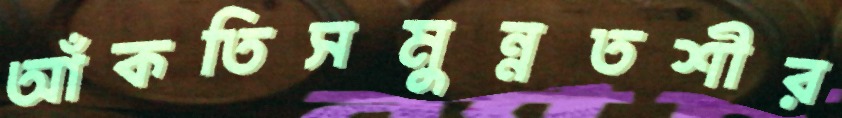
আঁকতিসমুন্নতশীর